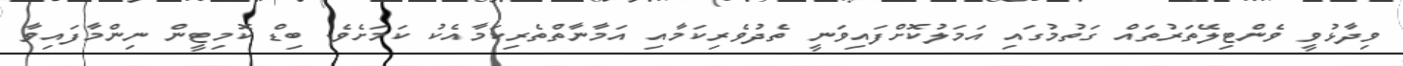
ވިދާޅުވީ ވެންޓިލޭތަރުތައް ގަތުމުގައި އަމަލުކޮށްފައިވަނީ ތެދުވެރިކަމާއި އަމާނާތްތެރިކަމާއެކު ކަމަށެވެ. ބިޑް ކޮމިޓީން ނިންމާފައިވާ